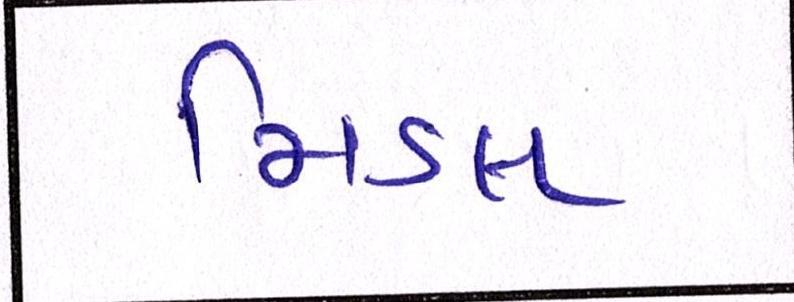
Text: મિડલ